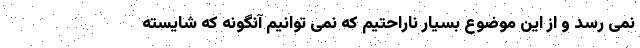
نمی رسد و از این موضوع بسیار ناراحتیم که نمی توانیم آنگونه که شایسته